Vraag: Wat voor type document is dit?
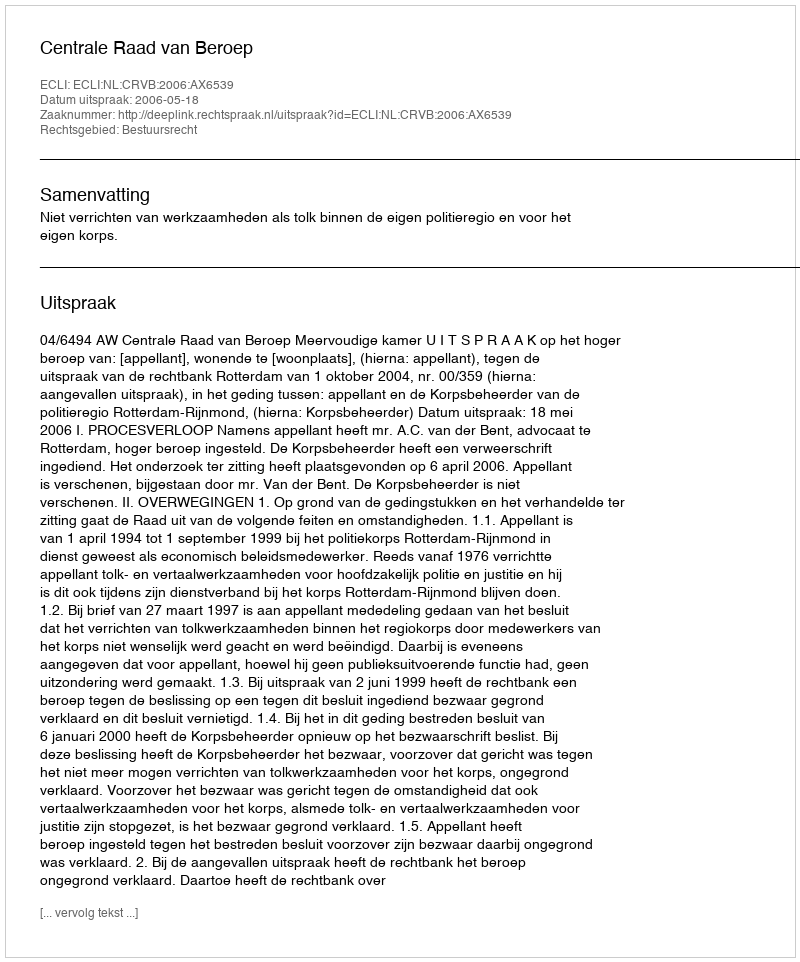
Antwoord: Uitspraak